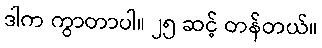
ဒါက ကွာတာပါ။ ၂၅ ဆင့် တန်တယ်။